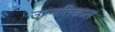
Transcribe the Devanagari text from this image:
उन्नतिकाल